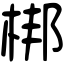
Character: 梆